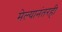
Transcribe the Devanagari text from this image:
मेल्यानंतरही